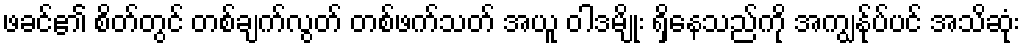
ဖခင်၏ စိတ်တွင် တစ်ချက်လွတ် တစ်ဖက်သတ် အယူ ဝါဒမျိုး ရှိနေသည်ကို အကျွန်ုပ်ပင် အသိဆုံး